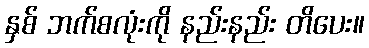
နှစ် ဘက်စလုံးကို နည်းနည်း တိပေး။